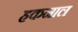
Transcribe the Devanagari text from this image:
हकनाल